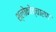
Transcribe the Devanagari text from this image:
श्लोकोच्चारण